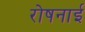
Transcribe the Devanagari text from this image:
रोषनाई